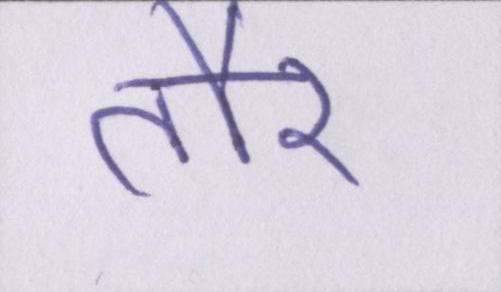
तौर